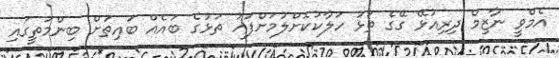
އެމްވީ ނާޒިމް ދިރިއުޅޭ ގޭގެ ތަޅު ހަލާކުކޮށްލުމަށްފަހު ތަޅުގެ ބައެއް ބައިތަށް ބިންމަތީގައި